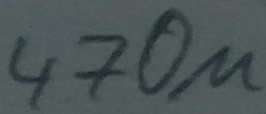
Text: 470µ